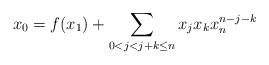
LaTeX: \begin{align*}x_0=f(x_1)+\sum_{0<j<j+k\leq n}x_jx_kx_n^{n-j-k}\end{align*}